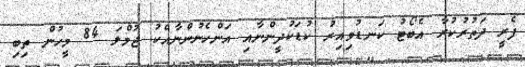
ފެރީ ދަތުރުކުރާ އެބޯޓު ކަނޑުވިއިރު ކުޑަކުދީންނާއި އަންހެނުންނާއެކު ޖުމްލަ 84 މީހުން ތިބި